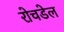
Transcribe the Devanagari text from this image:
रोचडेल